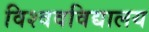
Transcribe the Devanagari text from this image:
विश्‍ववविद्यालय